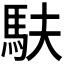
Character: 𫘆